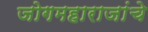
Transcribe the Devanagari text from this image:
जोगमहाराजांचे